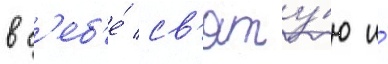
в с'еб'е́ св'яту́ю и́